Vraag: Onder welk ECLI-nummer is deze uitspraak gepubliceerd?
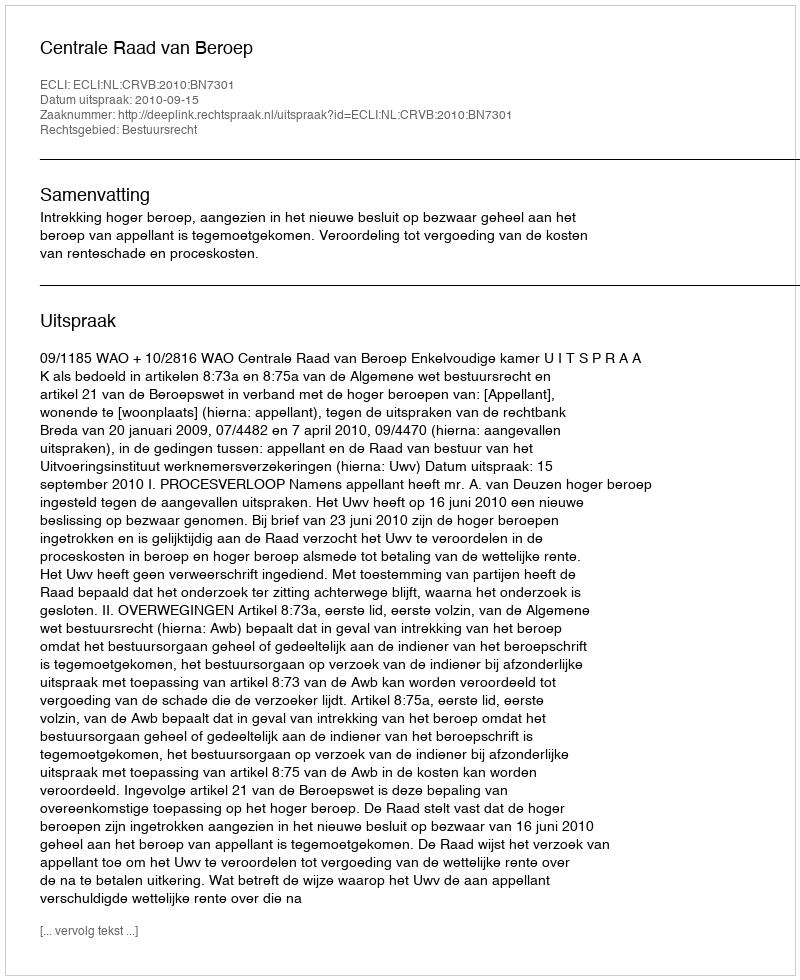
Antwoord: ECLI:NL:CRVB:2010:BN7301